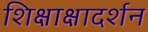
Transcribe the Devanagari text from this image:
शिक्षाक्षादर्शन